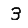
Digit: 3